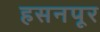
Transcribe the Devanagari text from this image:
हसनपूर